Report of the King Institute of Preventive Medicine, Guindy
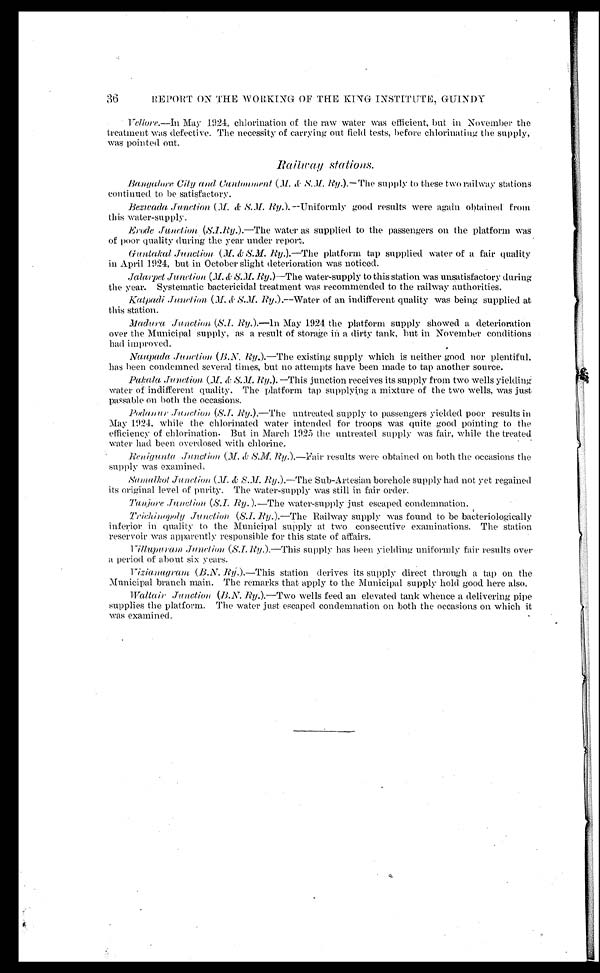
REPORT ON THE WORKING OF THE KING INSTITUTE, GUINDY
Vellore.—In May 1924, chlorination of the raw water was efficient, but in November the
treatment was defective. The necessity of carrying out field tests, before chlorinating the supply,
was pointed out.
Railway stations.
Bangalore City and Cantonment ( M. & S.M.Ry. ).— The supply to these two railway stations
continued to be satisfactory.
Bezwada Junction
( M. & S.M. Ry.). —Uniformly good results were again obtained from
this water-supply.
Erode Junction (S.I.Ry. ) .—The water as supplied to the passengers on the platform was
of poor quality during the year under report.
Guntakal Junction (M . & S.M. Ry .).—The platform tap supplied water of a fair quality
in April 1924, but in October slight deterioration was noticed.
Jalarpet Junction (M.& S.M. Ry.)—The water-supply to this station was unsatisfactory during
the year. Systematic bactericidal treatment was recommended to the railway authorities.
katpadi Junction (M.& S.M. Ry. ) .—Water of an indifferent quality was being supplied at
this station.
Madura
Junction ( S.I. Ry.).—1n May 1924 the platform supply showed a deterioration
over the Municipal supply, as a result of storage in a dirty tank, but in November conditions
had improved.
Naupada Junction ( B.N. Ry.).—The existing supply which is neither good nor plentiful,
has been condemned several times, but no attempts have been made to tap another source.
Pakala Junction. ( M.& S.M. Ry.)—This junction receives its supply from two wells yielding
water of indifferent quality. The platform tap supplying a mixture of the two wells, was just
passable on both the occasions.
Podanur Junction (S.I. Ry.) .—The untreated supply to passengers yielded poor results in
May 1924, While the chlorinated water intended for troops was quite good pointing to the
efficiency of chlorination. But in March 1925 the untreated supply was fair, while the treated
water had been overdosed with chlorine.
Renigunta
junction (M.& S.M. Ry. ).—Fair results were obtained on both the occasions the
supply was examined.
Samalkot Junction (M.& S.M. Ry .).—The Sub-Artesian borehole supply had not yet regained
its original level of purity. The water-supply was still in fair order.
Tanjore Junction (S.I. Ry. ).—The water-supply just escaped condemnation.
Trichinopoly Junction (S.I. Ry.).—The Railway supply was found to be bacteriologically
inferior in quality to the Municipal supply at two consecutive examinations. The station
reservoir was apparently responsible for this state of affairs.
Villupuram Junction (S.I.Ry
.).—This supply has been yielding uniformly fair results over
a period of about six years.
Vizianagram ( B.N. Ry .).—This station derives its supply direct through a tap on the
Municipal branch main. The remarks that apply to the Municipal supply hold good here also.
Waltair Junction ( B.N. Ry .).—Two wells feed an elevated tank whence a delivering pipe
supplies the platform. The water just escaped condemnation on both the occasions on which it
was examined.
36